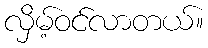
လှိမ့်ဝင်လာတယ်။